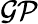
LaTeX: \mathcal{GP}